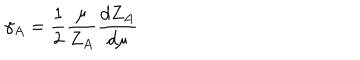
\gamma _ { A } = \frac { 1 } { 2 } \frac { \mu } { Z _ { A } } \frac { d Z _ { A } } { d \mu }